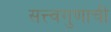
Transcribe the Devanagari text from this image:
सत्त्वगुणाची